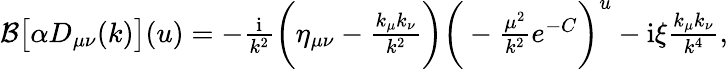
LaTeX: \begin{array}{r}{\mathcal{B}\big[\alpha D_{\mu\nu}(k)\big](u)=-\frac{\mathrm{i}}{k^{2}}\bigg(\eta_{\mu\nu}-\frac{k_{\mu}k_{\nu}}{k^{2}}\bigg)\bigg(-\frac{\mu^{2}}{k^{2}}e^{-C}\bigg)^{u}-\mathrm{i}\xi\frac{k_{\mu}k_{\nu}}{k^{4}},}\end{array}